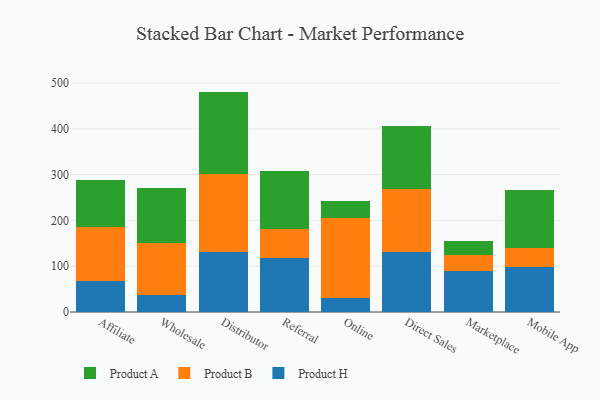
{"axis": {"x": "Channel", "y": "Churn Rate (%)"}, "legend": ["Product A", "Product B", "Product H"], "data": [{"x": "Affiliate", "y": 67.8, "type": "Product H"}, {"x": "Affiliate", "y": 118.3, "type": "Product B"}, {"x": "Affiliate", "y": 102.4, "type": "Product A"}, {"x": "Wholesale", "y": 37.3, "type": "Product H"}, {"x": "Wholesale", "y": 114.0, "type": "Product B"}, {"x": "Wholesale", "y": 118.5, "type": "Product A"}, {"x": "Distributor", "y": 130.0, "type": "Product H"}, {"x": "Distributor", "y": 171.4, "type": "Product B"}, {"x": "Distributor", "y": 179.9, "type": "Product A"}, {"x": "Referral", "y": 117.2, "type": "Product H"}, {"x": "Referral", "y": 63.9, "type": "Product B"}, {"x": "Referral", "y": 127.9, "type": "Product A"}, {"x": "Online", "y": 30.9, "type": "Product H"}, {"x": "Online", "y": 174.6, "type": "Product B"}, {"x": "Online", "y": 37.3, "type": "Product A"}, {"x": "Direct Sales", "y": 131.0, "type": "Product H"}, {"x": "Direct Sales", "y": 138.6, "type": "Product B"}, {"x": "Direct Sales", "y": 136.8, "type": "Product A"}, {"x": "Marketplace", "y": 88.8, "type": "Product H"}, {"x": "Marketplace", "y": 35.1, "type": "Product B"}, {"x": "Marketplace", "y": 31.4, "type": "Product A"}, {"x": "Mobile App", "y": 99.2, "type": "Product H"}, {"x": "Mobile App", "y": 41.3, "type": "Product B"}, {"x": "Mobile App", "y": 125.6, "type": "Product A"}]}